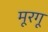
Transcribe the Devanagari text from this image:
मूरगू